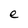
Character: e